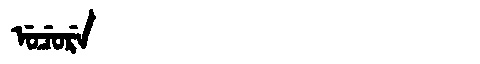
Manchu: ᡠᠴᡠᡵᡝ
Romanization: UCURE